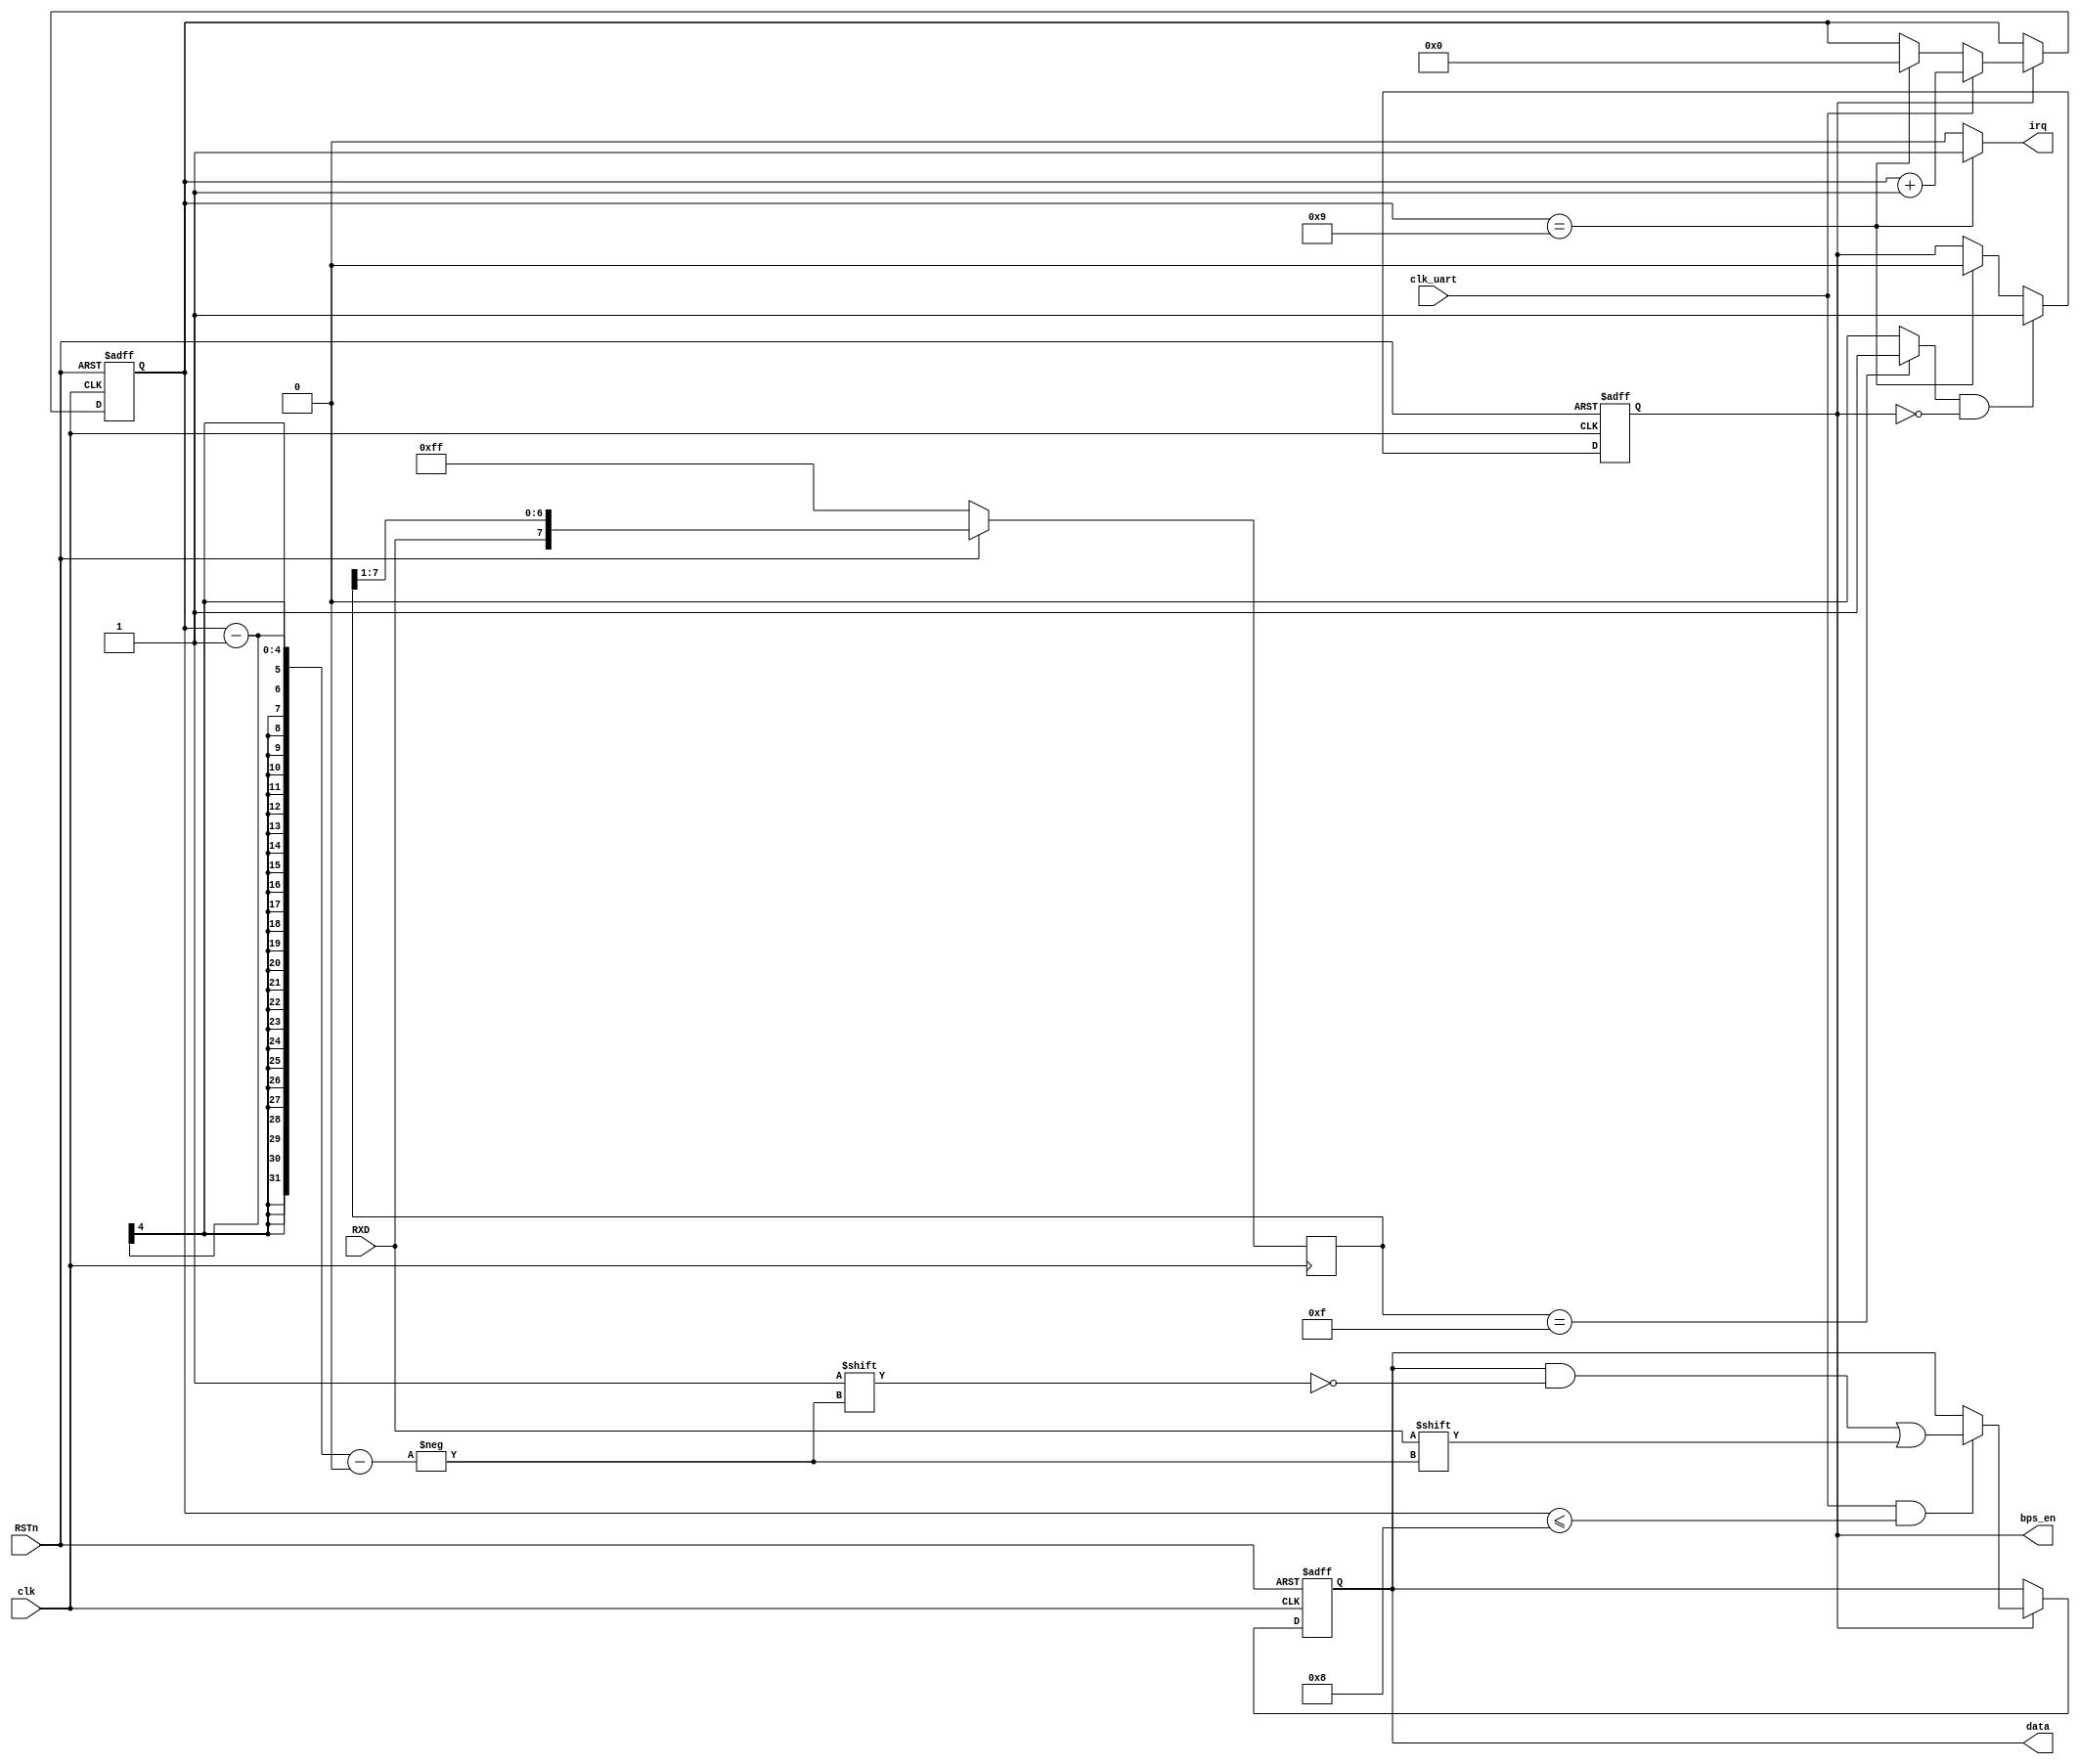
/*
 * @Author: Xuejian Sun 
 * @Date: 2023-02-23 12:59:39 
 * @Last Modified by: Xuejian Sun
 * @Last Modified time: 2023-02-25 10:04:51
 */

module UART_RX(
  input clk,
  input clk_uart,
  input RSTn,
  input RXD,
  output reg [7:0] data,
  output wire irq,
  output wire bps_en
);

  //shift register
  reg [7:0] shift_reg;
  always@(posedge clk) begin
    if(~RSTn) shift_reg <= 8'hff;
    else shift_reg <= {RXD,shift_reg[7:1]};
  end

  wire re_start;
  assign re_start = (shift_reg == 8'h0f) ? 1'b1 : 1'b0;

  // recive counter
  reg counter_en;
  reg [3:0] counter;

  always @(posedge clk or negedge RSTn) begin
    if (~RSTn) counter_en <= 1'b0;
    else if (re_start&&(~counter_en)) counter_en <= 1'b1;
    else if (counter == 4'h9) counter_en <= 1'b0;
  end

  always @(posedge clk or negedge RSTn) begin
    if (~RSTn) counter <= 4'h0;
    else if (counter_en) begin 
      if (clk_uart) counter <= counter + 1'b1;
      else if(counter == 4'h9) counter <= 4'h0;
    end
  end

  assign bps_en = counter_en;

  // RXD re
  always @(posedge clk or negedge RSTn) begin
    if (~RSTn) data <= 8'h00;
    else if (counter_en) begin
      if (clk_uart && (counter <= 4'h8)) data[counter-1] <= RXD;
    end
  end

  //interrupt
  assign irq = (counter == 4'h9) ? 1'b1 : 1'b0;

endmodule